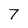
Character: 7